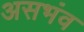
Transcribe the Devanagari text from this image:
असभंव